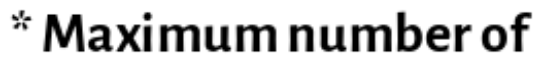
* Maximum number of